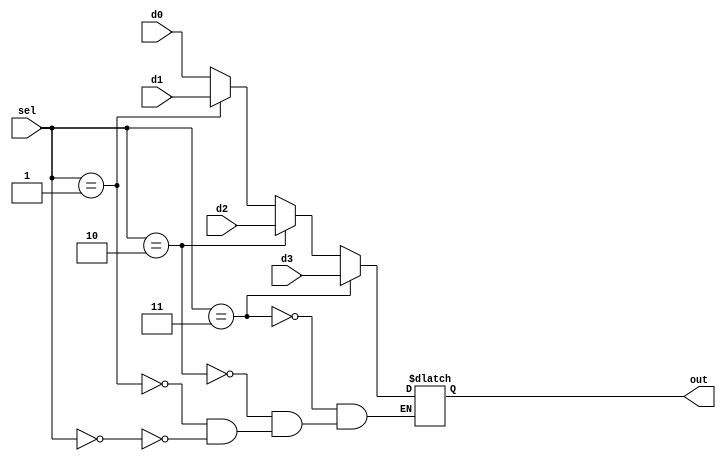
module mux(out , d0 ,d1,d2,d3,sel);
	output [3:0] out;
	input[3:0] d0 ;
	input[3:0] d1;
	input[3:0] d2;
	input[3:0] d3;
	input[1:0] sel;

	wire [3:0] d0;
	wire [3:0] d1;
	wire [3:0] d2;
	wire [3:0] d3;	
	wire [1:0] sel;
	reg [3:0] out;
	
	always @ (sel[0] or ~sel[0]) 
	begin
		if(sel==0)
			out = d0;
		if(sel==1)
			out = d1;
		if(sel==2)
			out = d2;
		if(sel==3)
			out = d3;
	end
endmodule